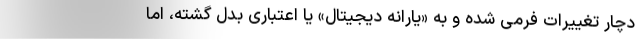
دچار تغییرات فرمی شده و به «یارانه دیجیتال» یا اعتباری بدل گشته، اما